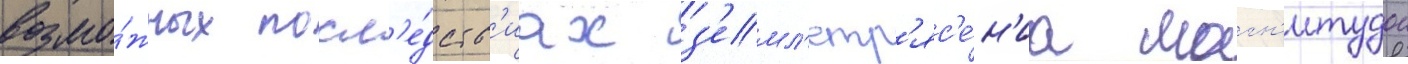
возмо́жных посл'е́дств'иах з'емл'етр'яс'е́н'иа магн'итудои